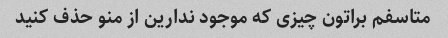
متاسفم براتون چیزی که موجود ندارین از منو حذف کنید